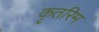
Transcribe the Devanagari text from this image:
कृतरिम